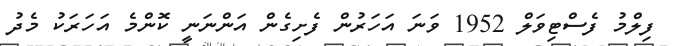
ފިލްމު ފެސްޓިވަލް 1952 ވަނަ އަހަރުން ފެށިގެން އަންނަނީ ކޮންމެ އަހަރަކު މެދު